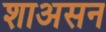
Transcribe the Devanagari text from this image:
शाअसन